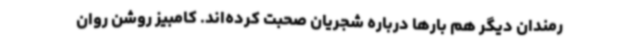
رمندان دیگر هم بارها درباره شجریان صحبت کرده‌اند. کامبیز روشن روان